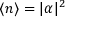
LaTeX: \langle n \rangle = | \alpha | ^ { 2 }